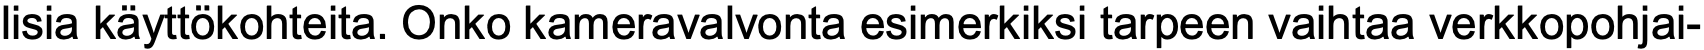
lisia käyttökohteita. Onko kameravalvonta esimerkiksi tarpeen vaihtaa verkkopohjai-